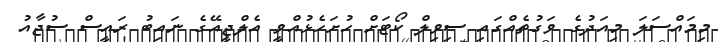
މިމައްސަލަ މިއަދުގެ ވަގުތެއްގައި ސިވިލް ކޯޓަށް ހުށަހެޅުއްވީ އެލްޖީއޭގެ ނައިބު ރައީސް ސުޖާއު